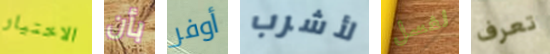
الاختيار بأن أوفر لأشرب لغسل تعرف